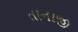
તાનાજી